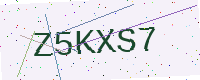
Text: Z5KXS7